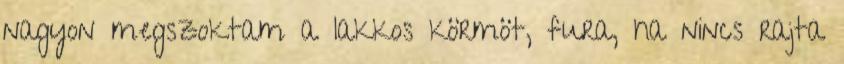
nagyon megszoktam a lakkos körmöt, fura, ha nincs rajta